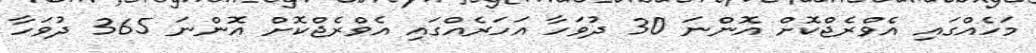
މަހެއްގައި އެވްރެޖްކޮށް އޮންނަ 30 ދުވަހާ އަހަރެއްގައި އެވްރެޖްކޮށް އޮންނަ 365 ދުވަހާ